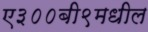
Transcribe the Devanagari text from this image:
ए३००बी९मधील